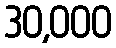
30,000